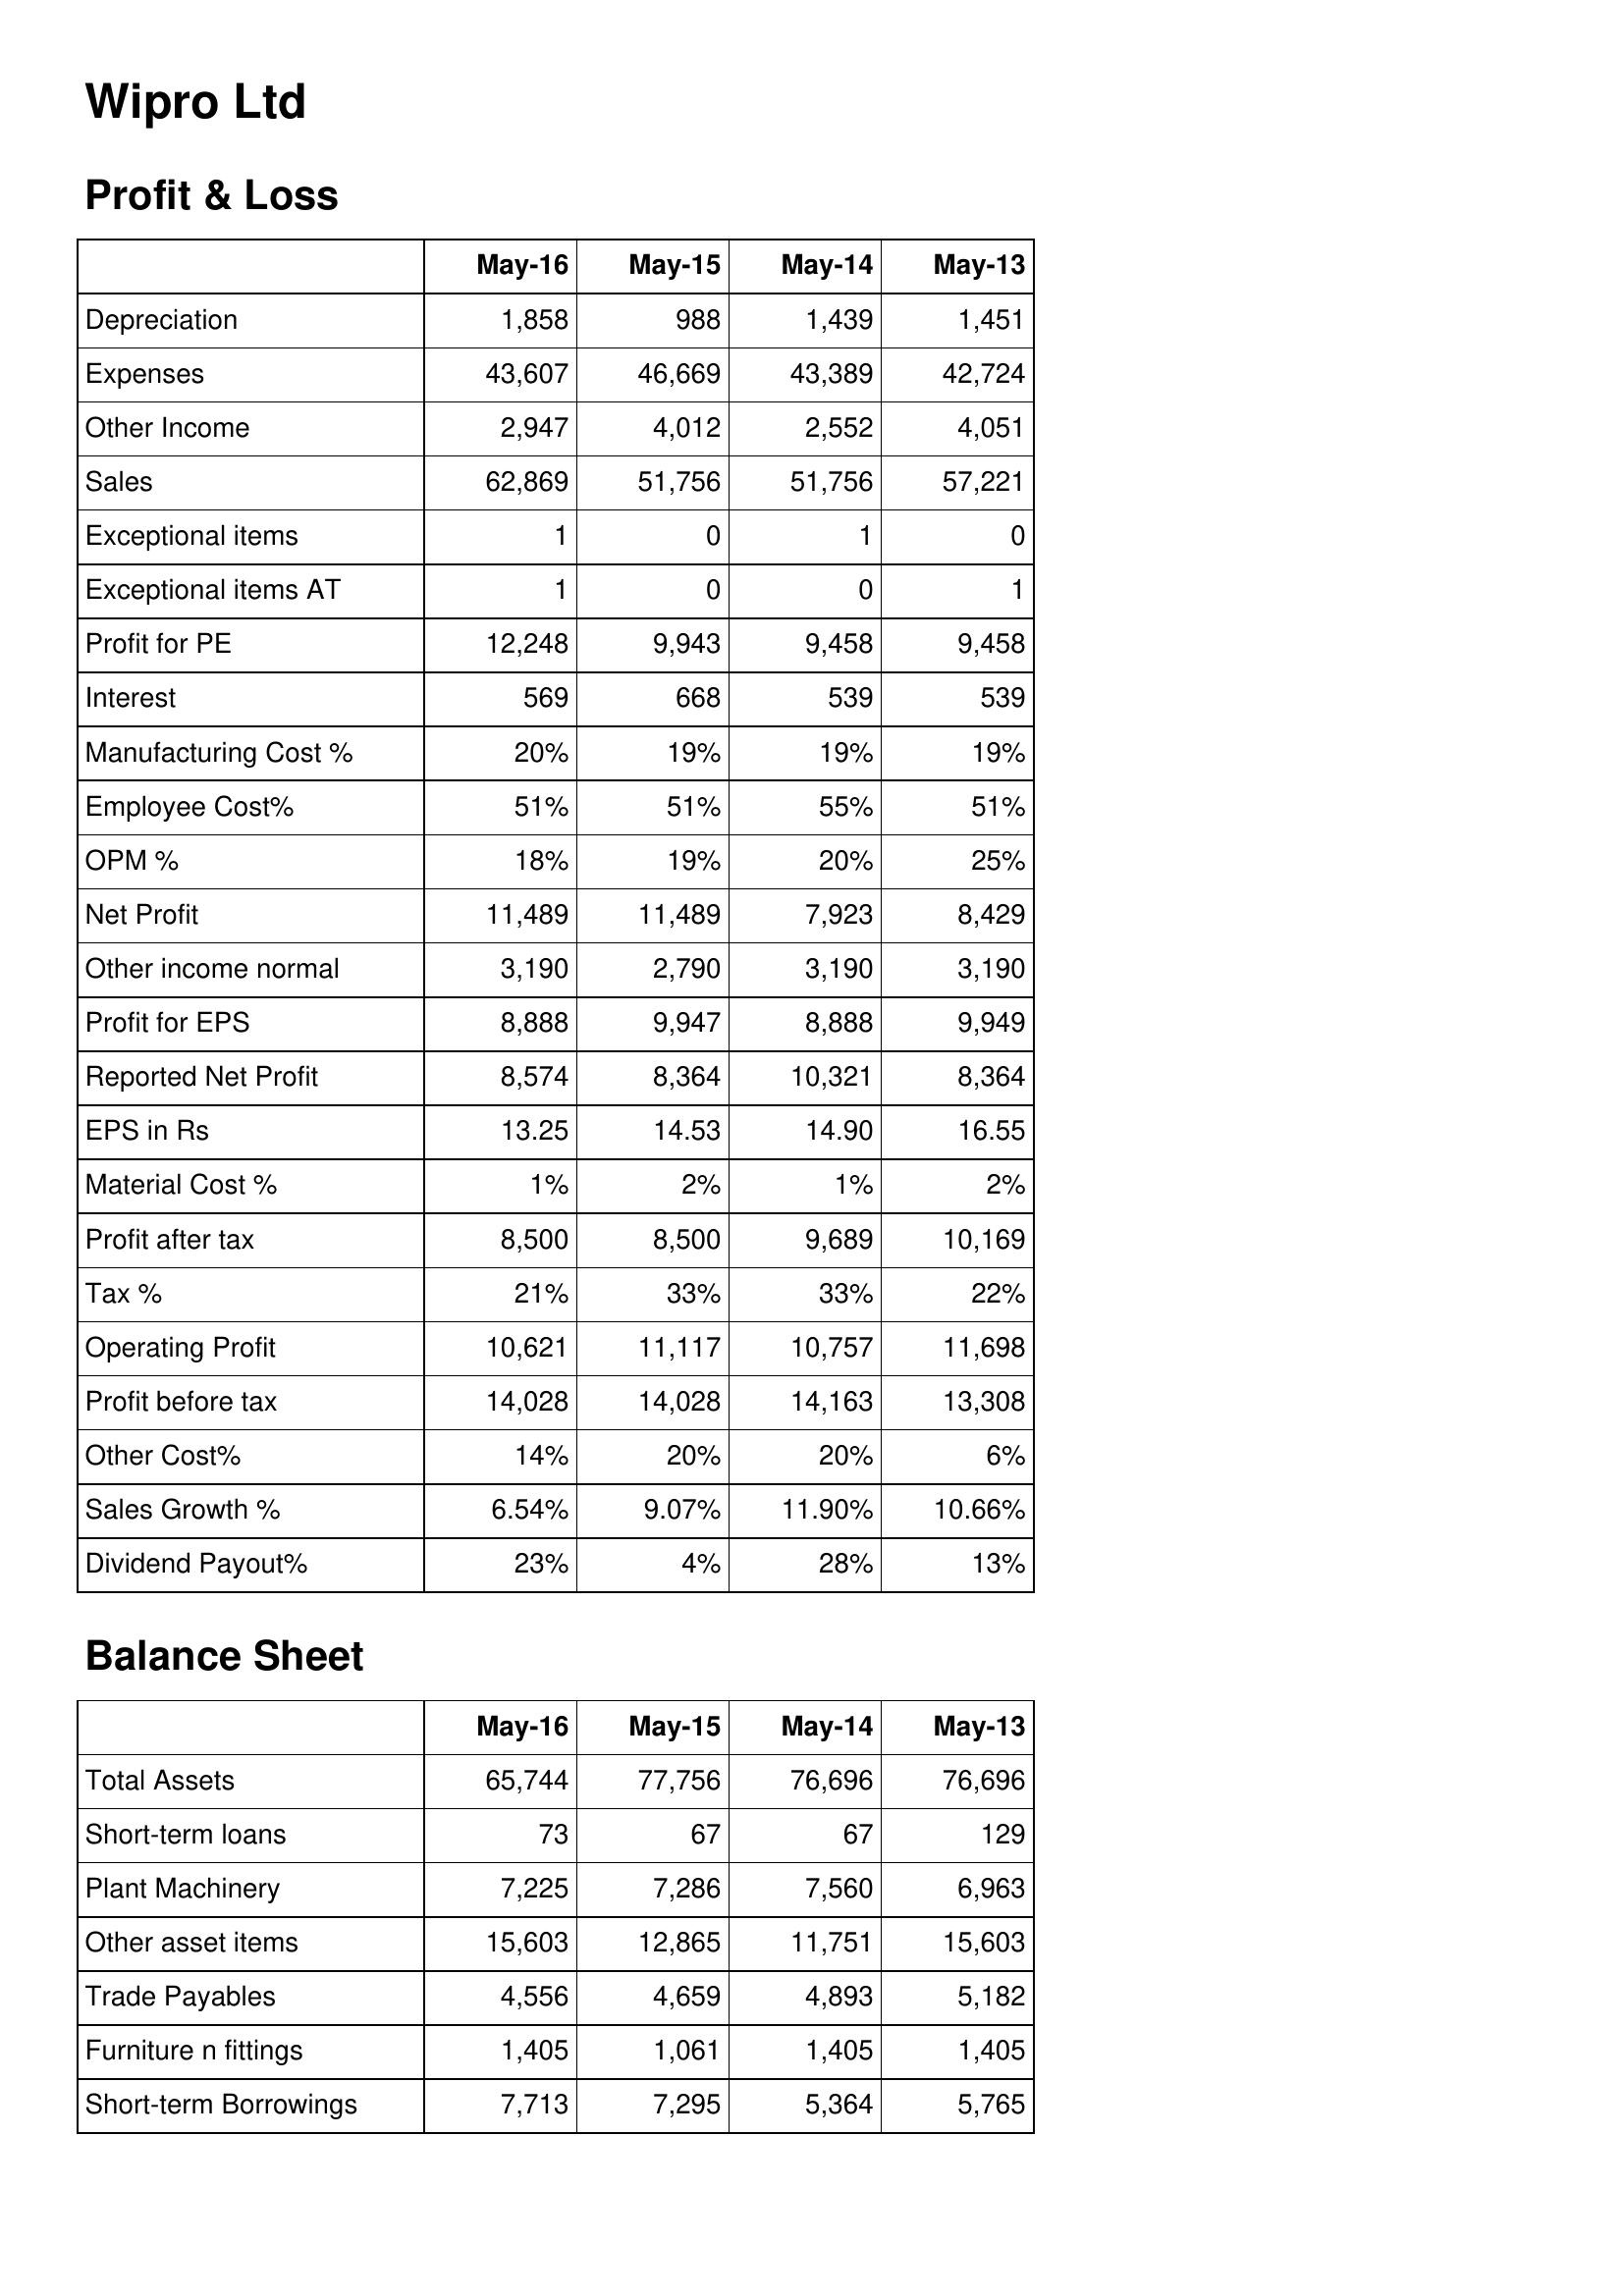
May-16: Profit & Loss: Depreciation: 1,858
Expenses: 43,607
Other Income: 2,947
Sales: 62,869
Exceptional items: 1
Exceptional items AT: 1
Profit for PE: 12,248
Interest: 569
Manufacturing Cost %: 20%
Employee Cost%: 51%
OPM %: 18%
Net Profit: 11,489
Other income normal: 3,190
Profit for EPS: 8,888
Reported Net Profit: 8,574
EPS in Rs: 13.25
Material Cost %: 1%
Profit after tax: 8,500
Tax %: 21%
Operating Profit: 10,621
Profit before tax: 14,028
Other Cost%: 14%
Sales Growth %: 6.54%
Dividend Payout%: 23%
Balance Sheet: Total Assets: 65,744
Short-term loans: 73
Plant Machinery: 7,225
Other asset items: 15,603
Trade Payables: 4,556
Furniture n fittings: 1,405
Short-term Borrowings: 7,713
May-15: Profit & Loss: Depreciation: 988
Expenses: 46,669
Other Income: 4,012
Sales: 51,756
Exceptional items: 0
Exceptional items AT: 0
Profit for PE: 9,943
Interest: 668
Manufacturing Cost %: 19%
Employee Cost%: 51%
OPM %: 19%
Net Profit: 11,489
Other income normal: 2,790
Profit for EPS: 9,947
Reported Net Profit: 8,364
EPS in Rs: 14.53
Material Cost %: 2%
Profit after tax: 8,500
Tax %: 33%
Operating Profit: 11,117
Profit before tax: 14,028
Other Cost%: 20%
Sales Growth %: 9.07%
Dividend Payout%: 4%
Balance Sheet: Total Assets: 77,756
Short-term loans: 67
Plant Machinery: 7,286
Other asset items: 12,865
Trade Payables: 4,659
Furniture n fittings: 1,061
Short-term Borrowings: 7,295
May-14: Profit & Loss: Depreciation: 1,439
Expenses: 43,389
Other Income: 2,552
Sales: 51,756
Exceptional items: 1
Exceptional items AT: 0
Profit for PE: 9,458
Interest: 539
Manufacturing Cost %: 19%
Employee Cost%: 55%
OPM %: 20%
Net Profit: 7,923
Other income normal: 3,190
Profit for EPS: 8,888
Reported Net Profit: 10,321
EPS in Rs: 14.90
Material Cost %: 1%
Profit after tax: 9,689
Tax %: 33%
Operating Profit: 10,757
Profit before tax: 14,163
Other Cost%: 20%
Sales Growth %: 11.90%
Dividend Payout%: 28%
Balance Sheet: Total Assets: 76,696
Short-term loans: 67
Plant Machinery: 7,560
Other asset items: 11,751
Trade Payables: 4,893
Furniture n fittings: 1,405
Short-term Borrowings: 5,364
May-13: Profit & Loss: Depreciation: 1,451
Expenses: 42,724
Other Income: 4,051
Sales: 57,221
Exceptional items: 0
Exceptional items AT: 1
Profit for PE: 9,458
Interest: 539
Manufacturing Cost %: 19%
Employee Cost%: 51%
OPM %: 25%
Net Profit: 8,429
Other income normal: 3,190
Profit for EPS: 9,949
Reported Net Profit: 8,364
EPS in Rs: 16.55
Material Cost %: 2%
Profit after tax: 10,169
Tax %: 22%
Operating Profit: 11,698
Profit before tax: 13,308
Other Cost%: 6%
Sales Growth %: 10.66%
Dividend Payout%: 13%
Balance Sheet: Total Assets: 76,696
Short-term loans: 129
Plant Machinery: 6,963
Other asset items: 15,603
Trade Payables: 5,182
Furniture n fittings: 1,405
Short-term Borrowings: 5,765